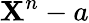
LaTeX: \mathbf{X}^{n}-a